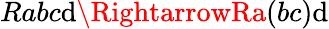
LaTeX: Rabc\mathrm{d}\RightarrowRa(bc)\mathrm{d}